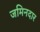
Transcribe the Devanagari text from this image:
जमिनदार